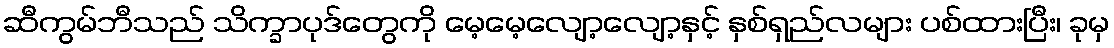
ဆီကွမ်ဘီသည် သိက္ခာပုဒ်တွေကို မေ့မေ့လျော့လျော့နှင့် နှစ်ရှည်လများ ပစ်ထားပြီး၊ ခုမှ